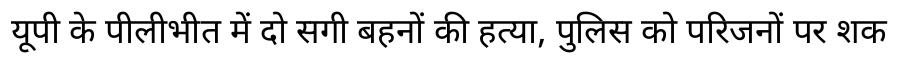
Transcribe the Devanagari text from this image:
यूपी के पीलीभीत में दो सगी बहनों की हत्या, पुलिस को परिजनों पर शक